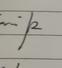
Signature authenticity: genuine